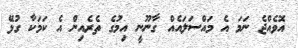
އޮވެއްޖެ ނަމަ އެ މައްސަލައެއް ގާނޫނީ އިމުގެ ތެރެއިން އެ ކަމަކާ ގުޅޭ